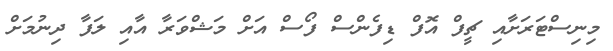
މިނިސްޓަރަށާއި ޗީފް އޮފް ޑިފެންސް ފޯސް އަށް މަޝްވަރާ އާއި ލަފާ ދިނުމަށް